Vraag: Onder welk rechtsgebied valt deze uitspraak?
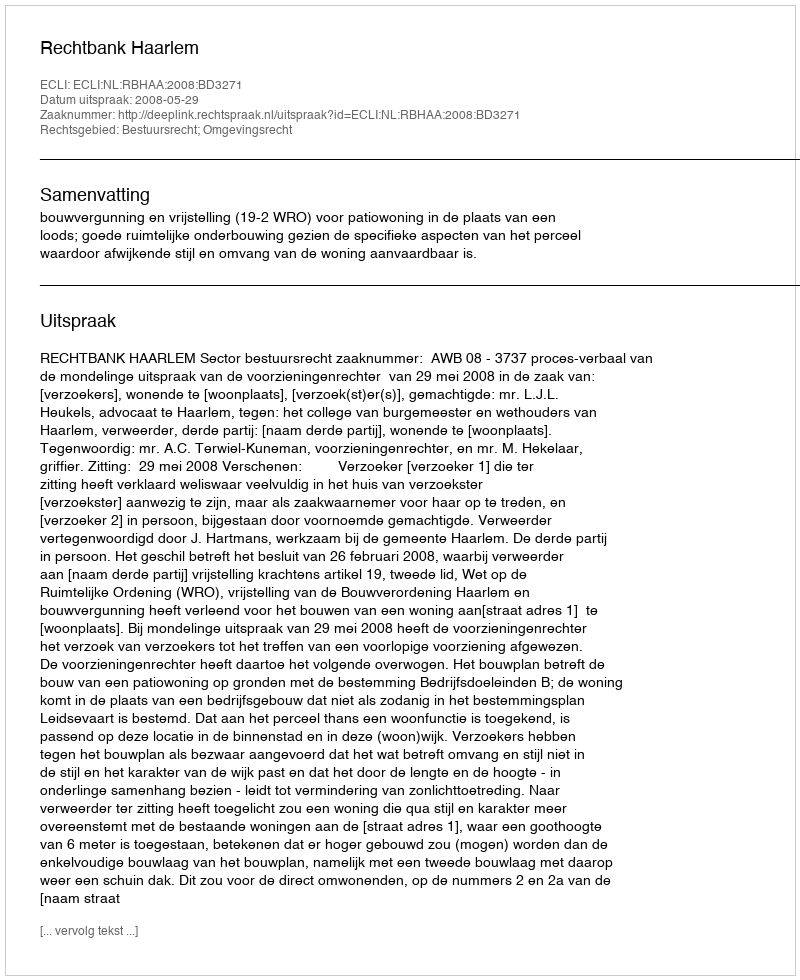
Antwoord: Bestuursrecht; Omgevingsrecht